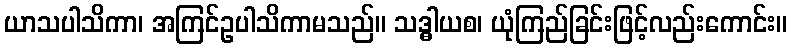
ယာသပါသိကာ၊ အကြင်ဥပါသိကာမသည်။ သဒ္ဓါယစ၊ ယုံကြည်ခြင်းဖြင့်လည်းကောင်း။